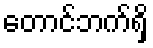
တောင်ဘက်ရှိ